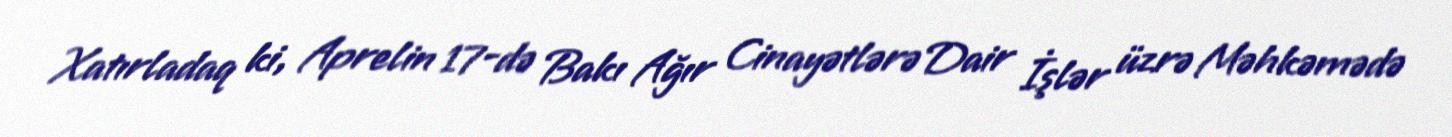
Xatırladaq ki, Aprelin 17-də Bakı Ağır Cinayətlərə Dair İşlər üzrə Məhkəmədə